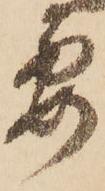
要